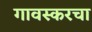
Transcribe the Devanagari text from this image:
गावस्करचा